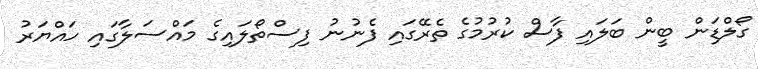
ގޯލްޑަން ބީން ބަލައި ފާސް ކުރުމުގެ ތެރޭގައި ފެނުނު ފިސްތޯލައިގެ މައްސަލާގައި ހައްޔަރު